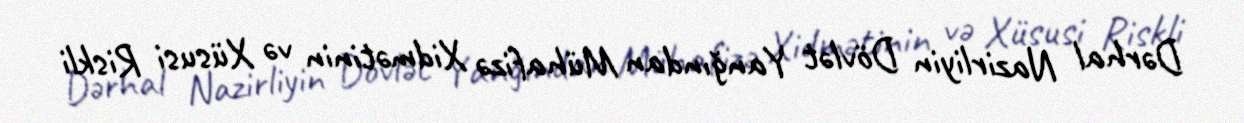
Dərhal Nazirliyin Dövlət Yanğından Mühafizə Xidmətinin və Xüsusi Riskli